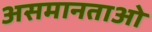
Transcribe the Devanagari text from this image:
असमानताओ